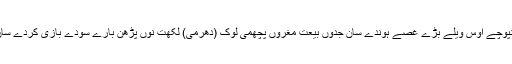
رنپوچے اوس ویلے بڑے غُصے ہوندے سان جدوں بیعت مغروں پچھمی لوک (دھرمی) لکھت نوں پڑھن بارے سودے بازی کردے سان۔